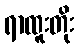
ရာထူးတိုး